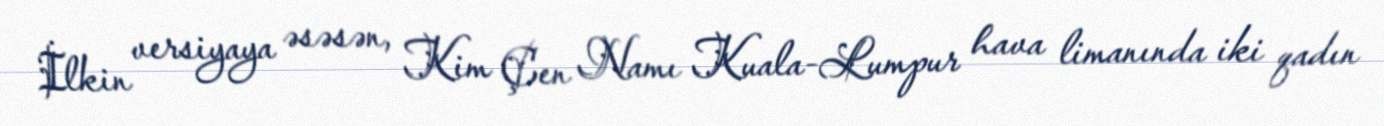
İlkin versiyaya əsəsən, Kim Çen Namı Kuala-Lumpur hava limanında iki qadın